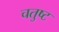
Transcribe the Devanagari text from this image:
चतुष्‍ट